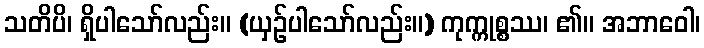
သတိပိ၊ ရှိပါသော်လည်း။ (ယှဉ်ပါသော်လည်း။) ကုက္ကုစ္စဿ၊ ၏။ အဘာဝေါ၊